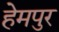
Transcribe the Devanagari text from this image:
हेमपुर